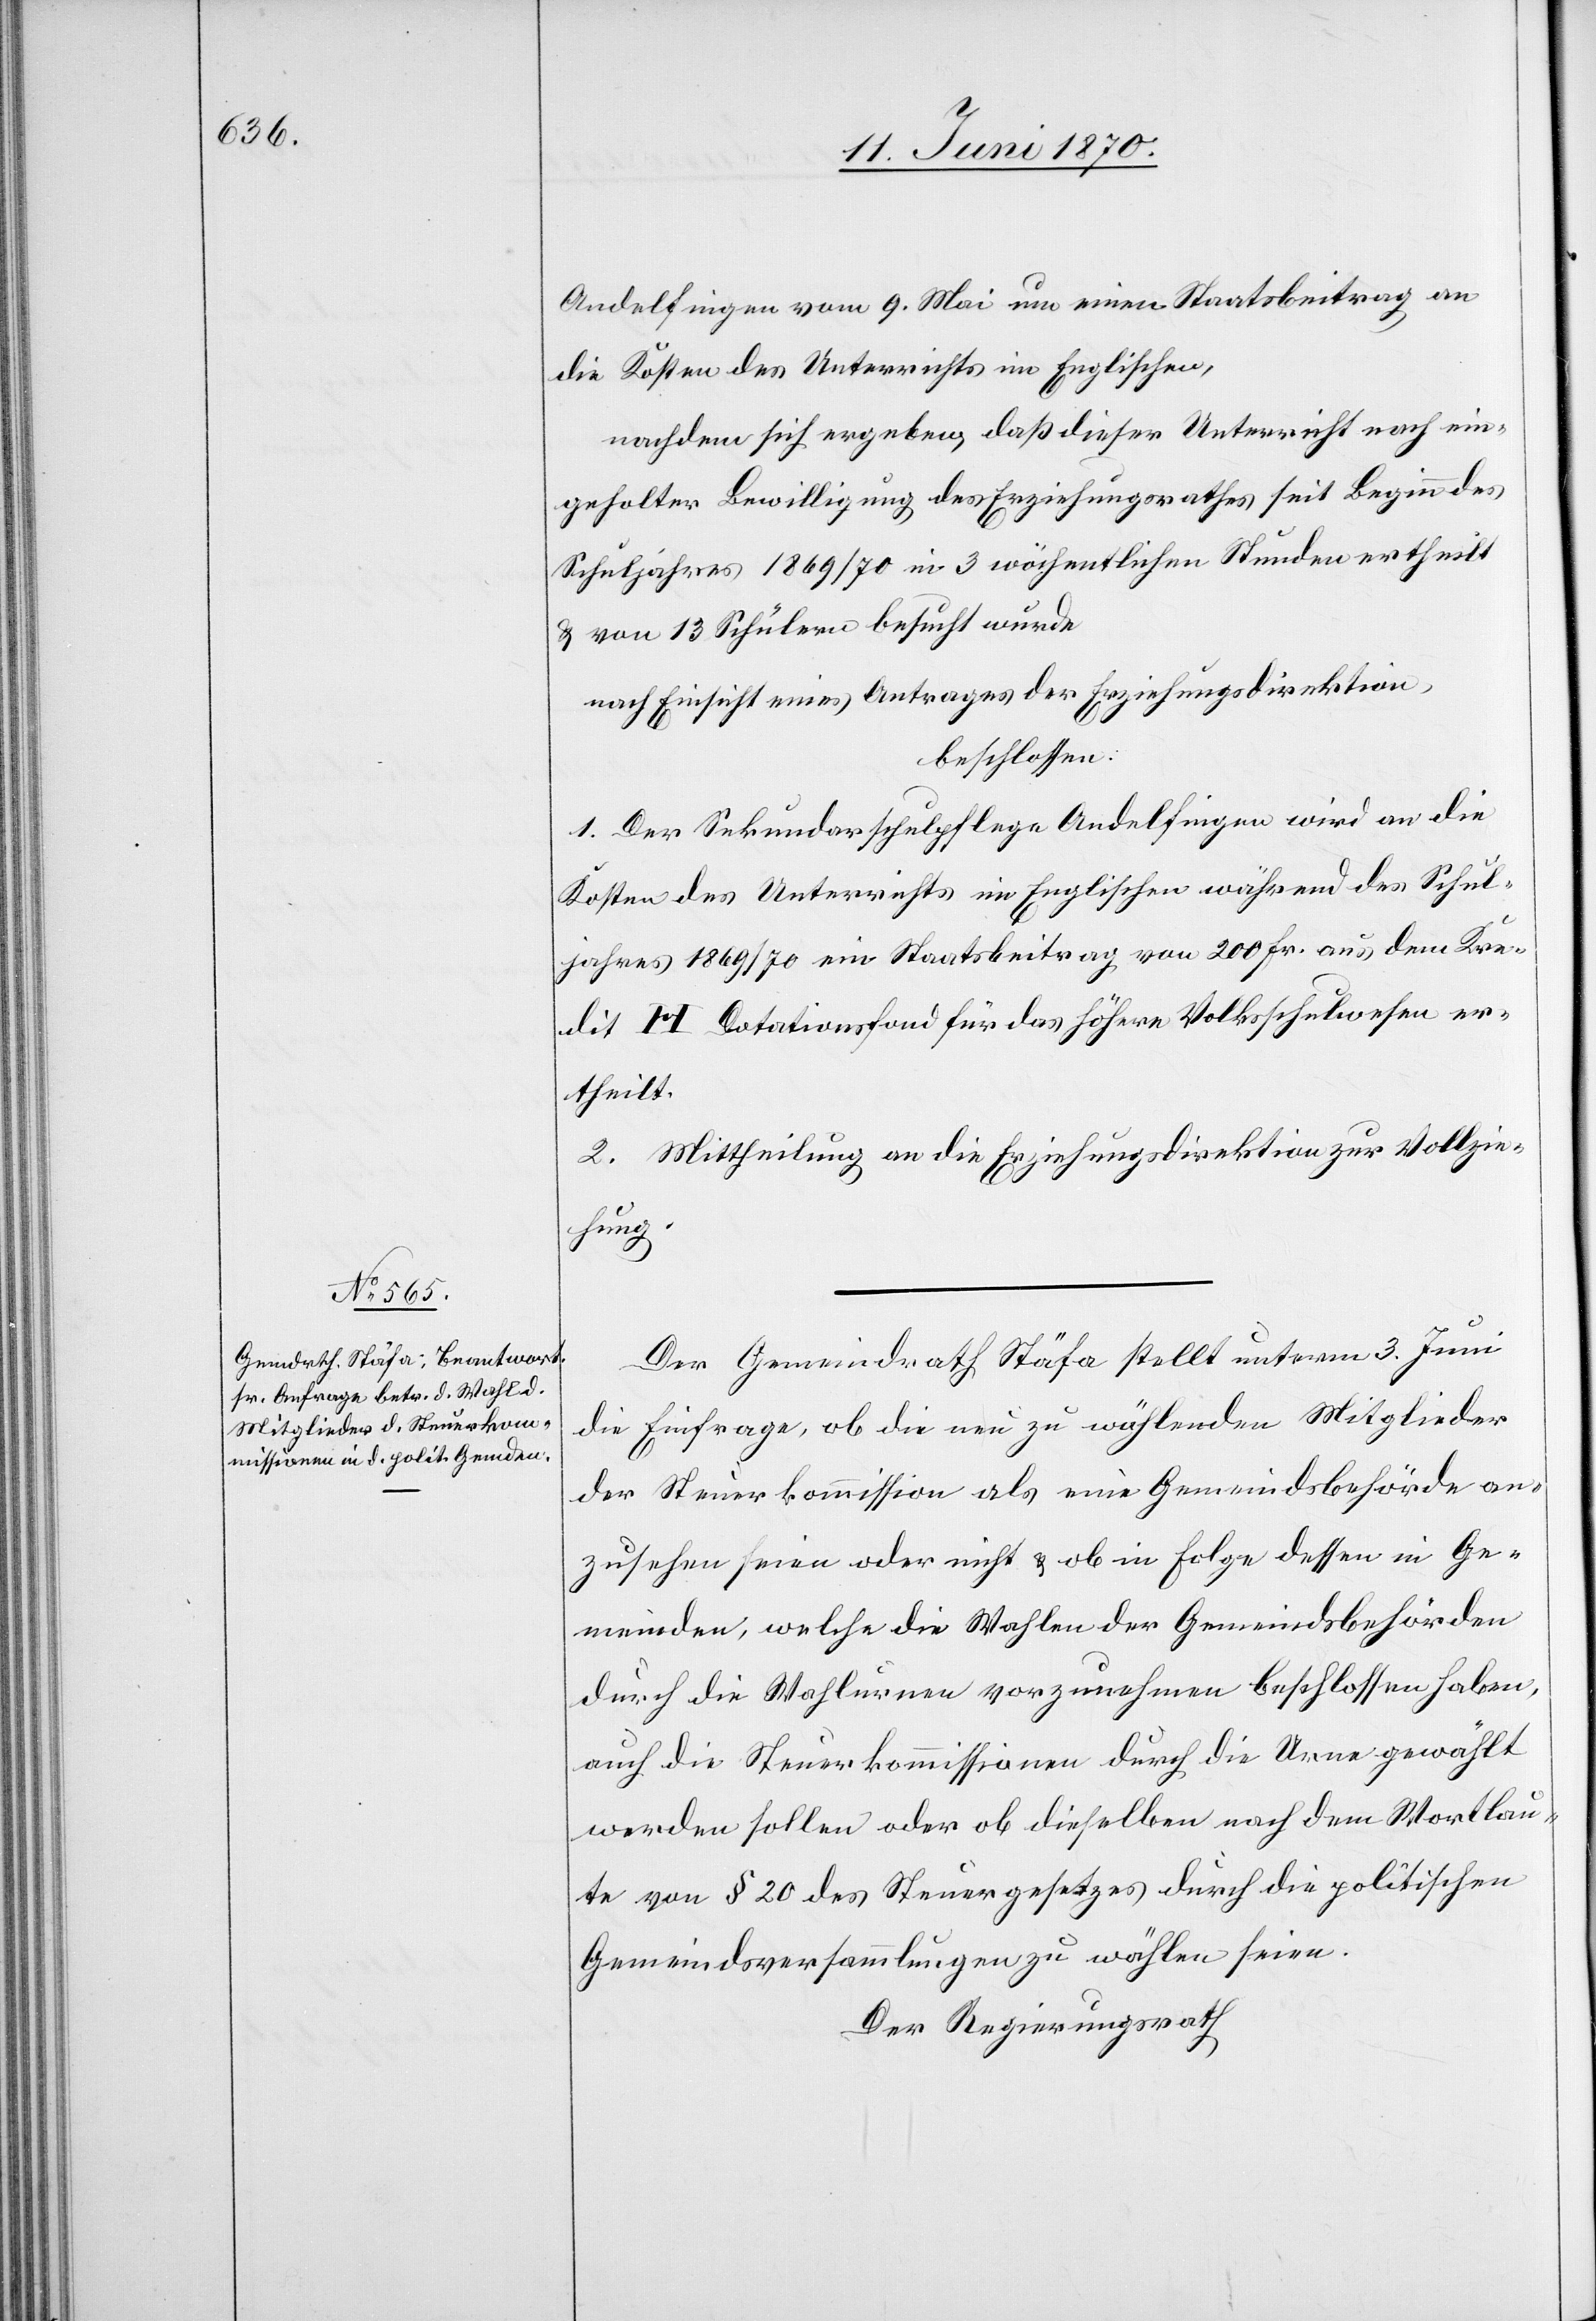
Andelfingen vom 9. Mai um einen Staatsbeitrag an
die Kosten des Unterrichts im Englischen,
nachdem sich ergeben, daß dieser Unterricht nach ein¬
geholter Bewilligung des Erziehungsrathes seit Beginn des
Schuljahres 1869/70 in 3 wöchentlichen Stunden ertheilt
& von 13 Schülern besucht wurde[,]
nach Einsicht eines Antrages der Erziehungsdirektion,
beschlossen:
1. Der Sekundarschulpflege Andelfingen wird an die
Kosten des Unterrichts im Englischen während des Schul¬
jahres 1869/70 ein Staatsbeitrag von 200 Fr. aus dem Kre¬
dit H Dotationsfond für das höhere Volksschulwesen er¬
theilt.
2. Mittheilung an die Erziehungsdirektion zur Vollzie¬
hung.
Der Gemeindrath Stäfa stellt unterm 3. Juni
die Einfrage, ob die neu zu wählenden Mitglieder
der Steuerkommission als eine Gemeindsbehörde an¬
zusehen seien oder nicht & ob in Folge dessen in Ge¬
meinden, welche die Wahlen der Gemeindsbehörden
durch die Wahlurnen vorzunehmen beschlossen haben,
auch die Steuerkommissionen durch die Urne gewählt
werden sollen oder ob dieselben nach dem Wortlau¬
te von § 20 des Steuergesetzes durch die politischen
Gemeindsversammlungen zu wählen seien.
Der Regierungsrath